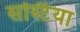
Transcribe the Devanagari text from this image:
सर्स्टिया